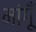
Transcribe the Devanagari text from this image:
मांगूँ